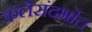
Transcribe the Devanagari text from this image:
कलेसंदर्भात